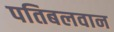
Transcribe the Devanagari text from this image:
पतिबलवान